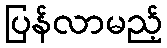
ပြန်လာမည့်